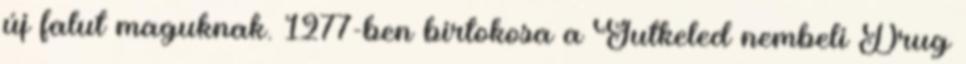
új falut maguknak. 1277-ben birtokosa a Gutkeled nembeli Drug